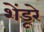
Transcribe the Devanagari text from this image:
शेंडूरे